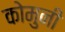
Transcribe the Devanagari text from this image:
कोमुनी